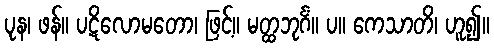
ပုန၊ ဖန်။ ပဋိလောမတော၊ ဖြင့်။ မတ္ထဘုင်္ဂံ။ ပ။ ကေသာတိ၊ ဟူ၍။